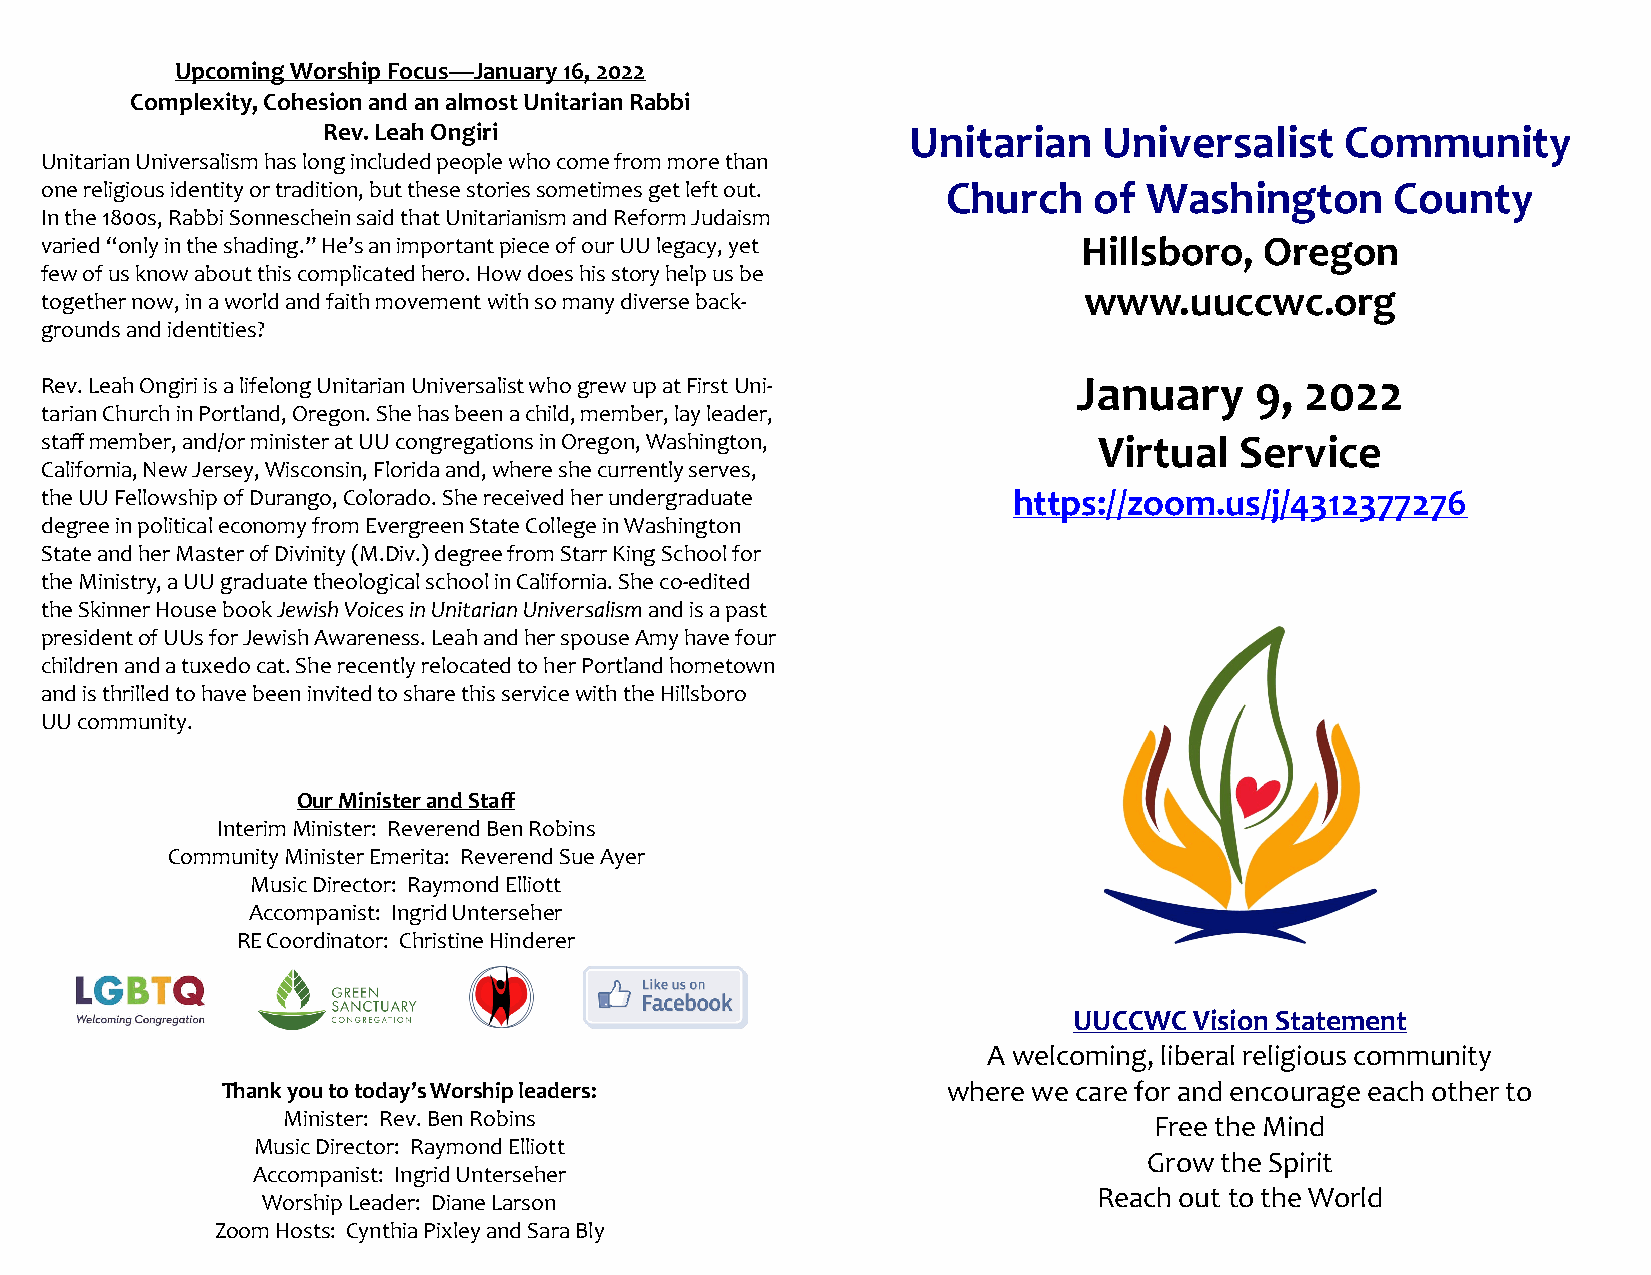
Upcoming Worship Focus—January 16, 2022
 Complexity, Cohesion and an almost Unitarian Rabbi
 Rev. Leah Ongiri                       Unitarian    Universalist    Community
 Unitarian Universalism has long included people who come from more than
 one religious identity or tradition, but these stories sometimes get left out. Church of Washington County
 In the 1800s, Rabbi Sonneschein said that Unitarianism and Reform Judaism
 varied “only in the shading.” He’s an important piece of our UU legacy, yet Hillsboro, Oregon
 few of us know about this complicated hero. How does his story help us be
 www.uuccwc.org
 together now, in a world and faith movement with so many diverse back-
 grounds and identities?
 Rev. Leah Ongiri is a lifelong Unitarian Universalist who grew up at First Uni- January 9, 2022
 tarian Church in Portland, Oregon. She has been a child, member, lay leader,
 staff member, and/or minister at UU congregations in Oregon, Washington, Virtual Service
 California, New Jersey, Wisconsin, Florida and, where she currently serves,
 the UU Fellowship of Durango, Colorado. She received her undergraduate https://zoom.us/j/4312377276
 degree in political economy from Evergreen State College in Washington
 State and her Master of Divinity (M.Div.) degree from Starr King School for
 the Ministry, a UU graduate theological school in California. She co-edited
 the Skinner House book Jewish Voices in Unitarian Universalism and is a past
 president of UUs for Jewish Awareness. Leah and her spouse Amy have four
 children and a tuxedo cat. She recently relocated to her Portland hometown
 and is thrilled to have been invited to share this service with the Hillsboro
 UU community.
 Our Minister and Staff
 Interim Minister: Reverend Ben Robins
 Community Minister Emerita: Reverend Sue Ayer
 Music Director: Raymond Elliott
 Accompanist: Ingrid Unterseher
 RE Coordinator: Christine Hinderer
 UUCCWC  Vision Statement
 A welcoming, liberal religious community
 Thank you to today’s Worship leaders:           where we care for and encourage each other to
 Minister: Rev. Ben Robins                                Free the Mind
 Music Director: Raymond Elliott
 Grow the Spirit
 Accompanist: Ingrid Unterseher
 Reach out to the World
 Worship Leader: Diane Larson
 Zoom Hosts: Cynthia Pixley and Sara Bly